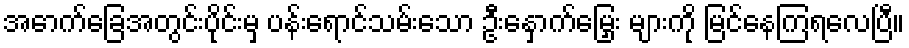
အောက်ခြေအတွင်းပိုင်းမှ ပန်းရောင်သမ်းသော ဦးနှောက်မြှေး များကို မြင်နေကြရလေပြီ။